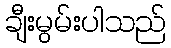
ချီးမွမ်းပါသည်